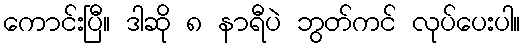
ကောင်းပြီ။ ဒါဆို ၈ နာရီပဲ ဘွတ်ကင် လုပ်ပေးပါ။